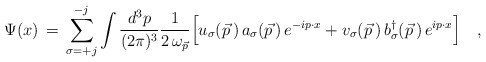
\begin{align*}\Psi(x) \,= \,\sum_{\sigma=+j}^{-j}\int {d^3p\over (2\pi)^{3} } {1\over 2\,\omega_{\vec p}}\Big[ u_\sigma(\vec p\,)\, a_\sigma(\vec p\, )\, e^{-i p\cdot x}+ v_\sigma(\vec p\,) \,b^\dagger_\sigma(\vec p\,) \,e^{i p\cdot x} \Bigr ]\quad,\end{align*}